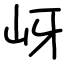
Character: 岈